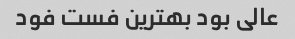
عالی بود بهترین فست فود